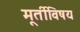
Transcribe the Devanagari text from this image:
मूर्तीविषय